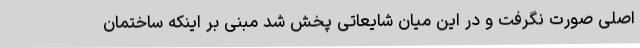
اصلی صورت نگرفت و در این میان شایعاتی پخش شد مبنی بر اینکه ساختمان